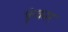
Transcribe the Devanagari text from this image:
फुंकार